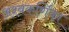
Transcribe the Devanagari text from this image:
अश्वकर्णिका